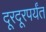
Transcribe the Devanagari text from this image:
दूरदूरपर्यंत